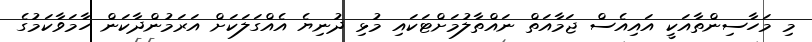
މި މަހާސިންތާއަކީ އައިއެސް ޖަމާއަތް ނައްތާލުމަށްޓަކައި މުޅި ދުނިޔެ އެއްގަލަކަށް އަރަމުންދާކަން ހާމަވާކަމުގެ